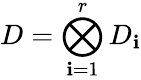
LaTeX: D=\bigotimes_{\mathbf{i}=1}^{r}D_{\mathbf{i}}